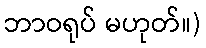
ဘာဝရုပ် မဟုတ်။)